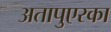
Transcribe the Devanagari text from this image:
अतापुएरका